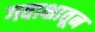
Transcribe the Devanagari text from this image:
गवाक्षातून